Leaving Certificate Examination (including Day School Certificate (Higher) General paper), 1926
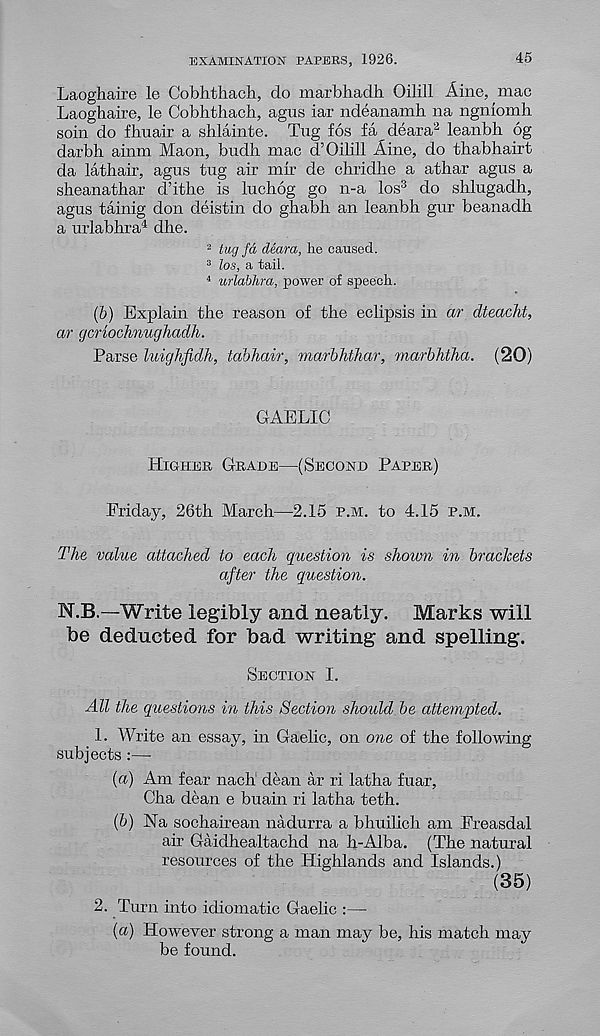
EXAMINATION PAPERS, 1926.
45
Laoghaire le Cobhthach, do marbhadh. Oilill Aine, mac
Laoghaire, le Cobhthach, agus iar ndeanamh na ngnlomh
soin do fluiair a shlainte. Tug fos fa deara 2 leanbh 6g
darbh alum Maon, budh mac d’Oihll Aine, do thabhairt
da lathair, agus tug air mir de chridhe a athar agus a
sheanathar d’ithe is luchog go n-a los 3 do shlugadh,
agus tainig don deistin do ghabh an leanbh gur beanadh
a urlabhra 4 dhe.
2 tug fa deara, he caused.
3 los, a tail.
4 urlabhra, power of speech.
(&) Explain the reason of the eclipsis in ar dteacht,
ar gcnochnughadh.
Parse luighfidh, tabhair, marbhthar, marbhtha. (20)
GAELIC
Higher Grade—(Second Paper)
Friday, 26th March—2.15 p.m. to 4.15 p.m.
The value attached to each question is shown in brackets
after the question.
N.B.—Write legibly and neatly.
Marks will
be deducted for bad writing and spelling.
Section I.
All the questions in this Section should be attempted.
1. Write an essay, in Gaelic, on one of the following
subjects :—
(a) Am fear nach dean ar ri latha fuar,
Cha dean e buain ri latha teth.
(&) Ha sochairean nadurra a bhuilich am Freasdal
air Gaidhealtachd na h-Alba. (The natural
resources of the Highlands and Islands.)
(35)
2. Turn into idiomatic Gaelic :—
(a) However strong a man may be, his match may
be found.